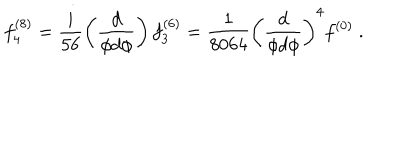
f _ { 4 } ^ { ( 8 ) } = \frac { i } { 5 6 } \left( \frac { d } { \phi d \phi } \right) f _ { 3 } ^ { ( 6 ) } = \frac { 1 } { 8 0 6 4 } \left( \frac { d } { \phi d \phi } \right) ^ { 4 } f ^ { ( 0 ) } ~ .